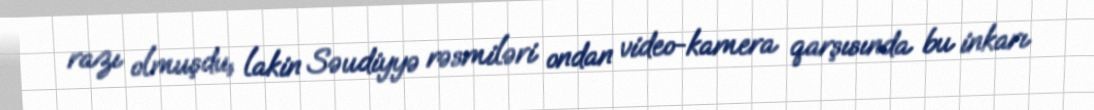
razı olmuşdu, lakin Səudiyyə rəsmiləri ondan video-kamera qarşısında bu inkarı